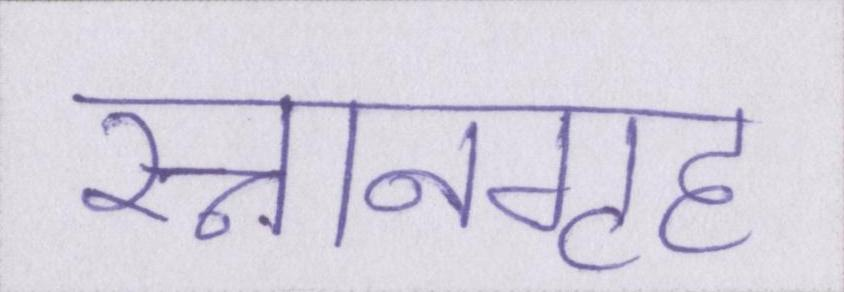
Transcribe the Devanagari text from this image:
स्नानगृह